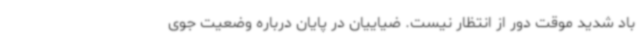
باد شدید موقت دور از انتظار نیست. ضیاییان در پایان درباره وضعیت جوی